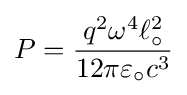
P={q^{2}\omega ^{4}\ell _{\circ }^{2} \over 12\pi \varepsilon _{\circ }c^{3}}